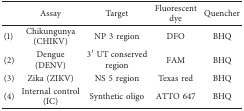
|  | Assay | Target | Fluorescent dye | Quencher |
 | --- | --- | --- | --- | --- |
 | (1) | Chikungunya (CHIKV) | NP 3 region | DFO | BHQ |
 | (2) | Dengue (DENV) | 3′ UT conserved region | FAM | BHQ |
 | (3) | Zika (ZIKV) | NS 5 region | Texas red | BHQ |
 | (4) | Internal control (IC) | Synthetic oligo | ATTO 647 | BHQ |